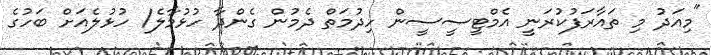
"މިއަދު މި ތައާރަފުކުރަނީ އެމްޓީސީސީން ހިދުމަތް ދެމުން ގެންދާ ހުޅުމާލެ/ ހުޅުލެއަށް ބަހުގެ